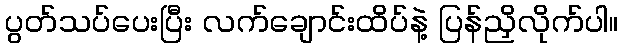
ပွတ်သပ်ပေးပြီး လက်ချောင်းထိပ်နဲ့ ပြန်ညှိလိုက်ပါ။